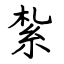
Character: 紮